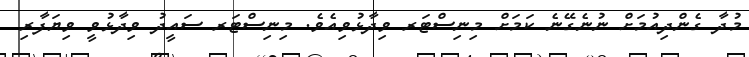
މުދާ ގެންދިއުމަށް ނުނެގޭނެ ކަމަށް މިނިސްޓަރ ވިދާޅުވިއެވެ. މިނިސްޓަރ ސައީދު ވިދާޅުވީ ވިޔަފާރި